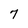
Character: 7